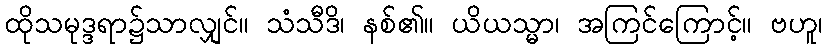
ထိုသမုဒ္ဒရာ၌သာလျှင်။ သံသီဒိ၊ နစ်၏။ ယိယသ္မာ၊ အကြင်ကြောင့်။ ဗဟူ၊